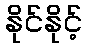
နိုင်နိုင့်